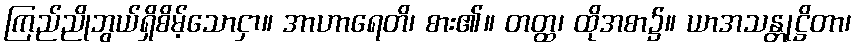
ကြည်ညိုဘွယ်ရှိစိမ့်သောငှာ။ အာဟာရေတိ၊ စား၏။ တတ္ထ၊ ထိုအစာ၌။ ယာအသန္တုဋ္ဌိတာ၊